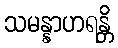
သမန္နာဟရန္တိ